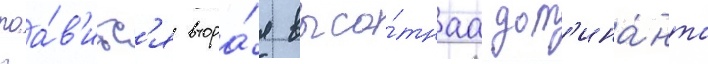
поа́в'итс'я втора́я высо́тнаа дом'ина́нта